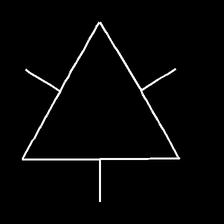
Glyph: fire